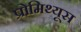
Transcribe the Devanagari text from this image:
प्रोमिथ्यूस